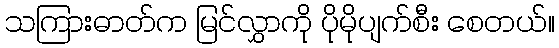
သကြားဓာတ်က မြင်လွှာကို ပိုမိုပျက်စီး စေတယ်။